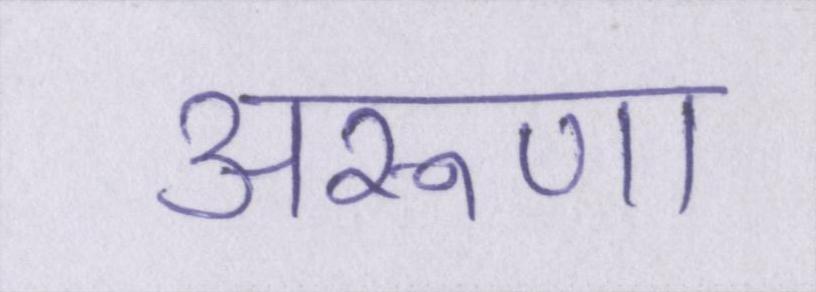
अरूणा